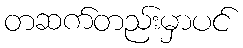
တဆက်တည်းမှာပင်